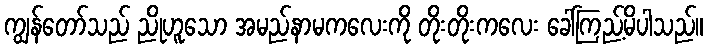
ကျွန်တော်သည် ညိုဟူသော အမည်နာမကလေးကို တိုးတိုးကလေး ခေါ်ကြည့်မိပါသည်။